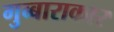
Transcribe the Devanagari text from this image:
गुब्बाराकार